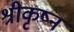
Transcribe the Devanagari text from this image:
श्रीकृष्न